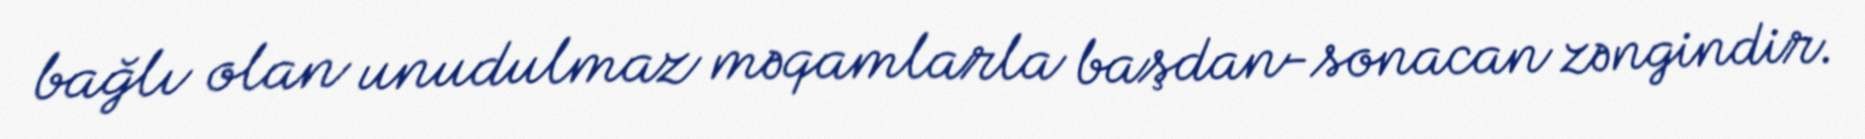
bağlı olan unudulmaz məqamlarla başdan-sonacan zəngindir.